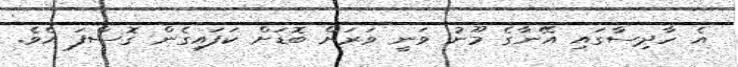
އެ ހާދިސާގައި އޭނާގެ މޫނު ވަނީ ވަރަށް ބޮޑަށް ކަފައިގެން ގޮސްފަ އެވެ.